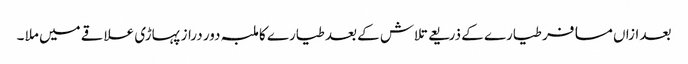
بعد ازاں مسافر طیارے کے ذریعے تلاش کے بعد طیارے کا ملبہ دور دراز پہاڑی علاقے میں ملا ۔